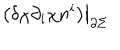
\displaystyle \left. \left( \delta \chi \partial _ { i } \chi n ^ { i } \right) \right| _ { \partial \Sigma }